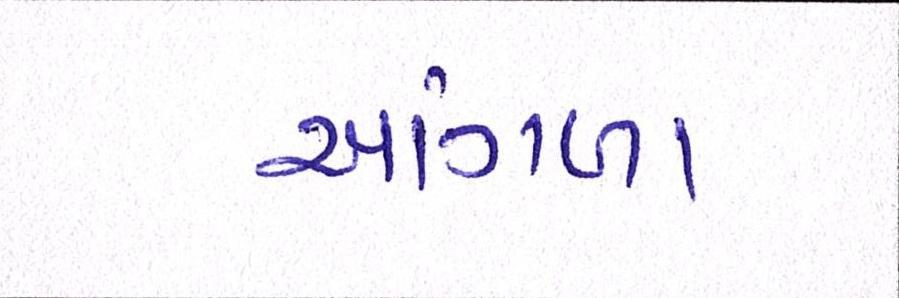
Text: આંગળા